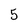
Character: 5